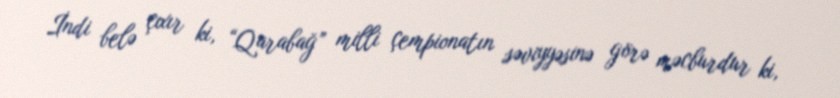
İndi belə çıxır ki, “Qarabağ” milli çempionatın səviyyəsinə görə məcburdur ki,